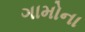
ગામોના